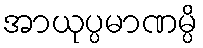
အာယုပ္ပမာဏမ္ပိ